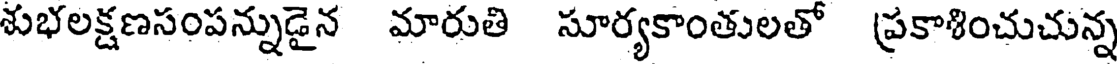
శుభలక్షణసంపన్నుడైన మారుతి సూర్యకాంతులతో ప్రకాశించుచున్న